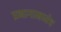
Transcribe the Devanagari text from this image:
प्रभागामध्येच